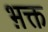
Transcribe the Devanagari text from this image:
भ़क्त